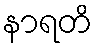
နာရတိ